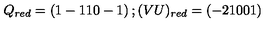
Q _ { r e d } = \left( 1 - 1 1 0 - 1 \right) ; ( V U ) _ { r e d } = \left( - 2 1 0 0 1 \right)